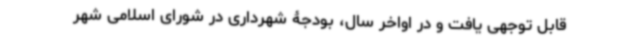
قابل توجهی یافت و در اواخر سال، بودجۀ شهرداری در شورای اسلامی شهر